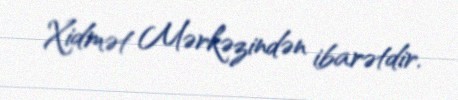
Xidmət Mərkəzindən ibarətdir.